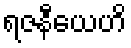
ရဇနီယေဟိ